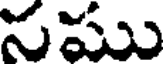
నము